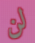
لن